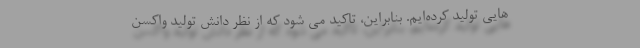
هایی تولید کرده‌ایم. بنابراین، تاکید می شود که از نظر دانش تولید واکسن